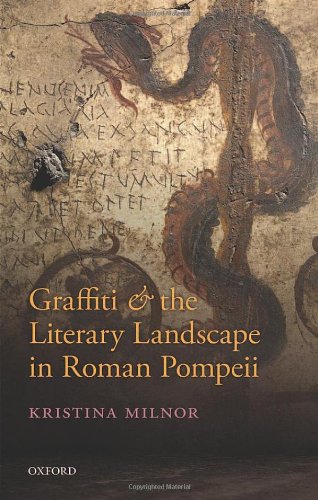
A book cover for Graffiti and the Literary Landscape in Roman Pompeii; Kristina Milnor; Literature & Fiction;